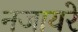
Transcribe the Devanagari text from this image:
नजायरे